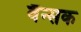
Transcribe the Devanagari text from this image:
वैंन्सक